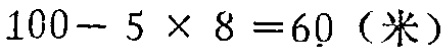
\(100 - 5\times8 = 60（米）\)